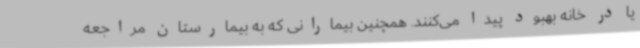
یا در خانه بهبود پیدا می‌کنند. همچنین بیمارانی که به بیمارستان مراجعه